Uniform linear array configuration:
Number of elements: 32
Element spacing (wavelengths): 0.5
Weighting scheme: kaiser
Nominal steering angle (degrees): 45
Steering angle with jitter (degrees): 44.593
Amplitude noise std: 0.05
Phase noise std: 0.05

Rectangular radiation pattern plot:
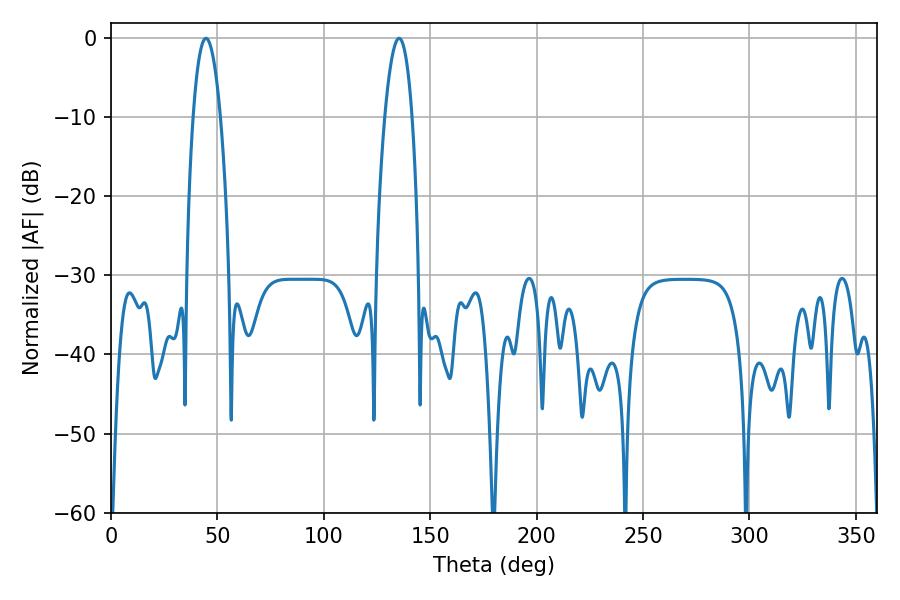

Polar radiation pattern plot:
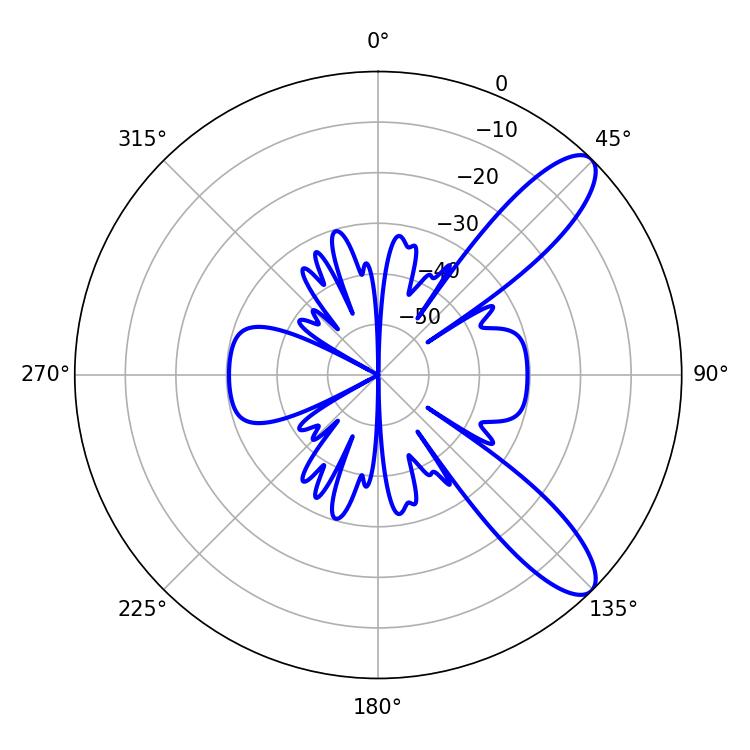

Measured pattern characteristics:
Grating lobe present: FALSE
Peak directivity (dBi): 10.287
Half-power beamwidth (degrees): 7.02
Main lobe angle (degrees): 44.64